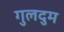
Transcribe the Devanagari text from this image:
गुलदुम